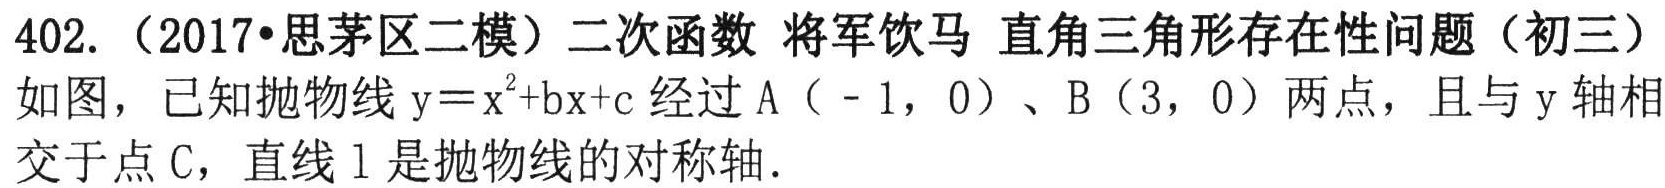
402.（2017•思茅区二模）二次函数 将军饮马 直角三角形存在性问题（初三）
如图，已知抛物线\(y = x^{2}+bx + c\)经过A（-1，0）、B（3，0）两点，且与y轴相
交于点C，直线l是抛物线的对称轴.